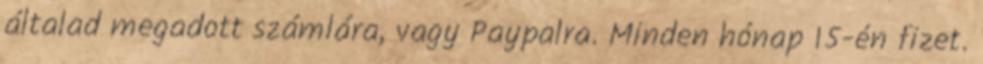
általad megadott számlára, vagy Paypalra. Minden hónap 15-én fizet.